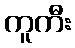
ကူကီး